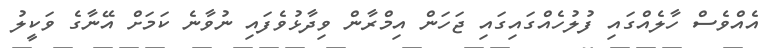
އެއްވެސް ހާލެއްގައި ފުލުހެއްގައިގައި ޖަހަން އިމްރާން ވިދާޅުވެފައި ނުވާނެ ކަމަށް އޭނާގެ ވަކީލު